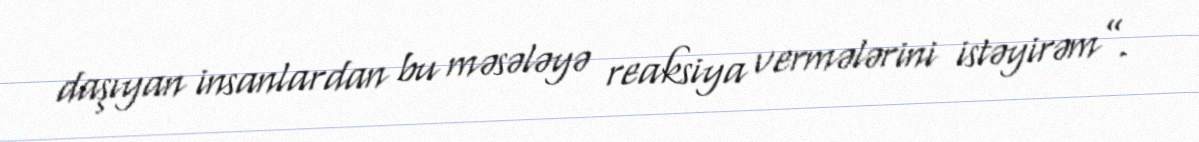
daşıyan insanlardan bu məsələyə reaksiya vermələrini istəyirəm”.